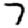
Digit: 7